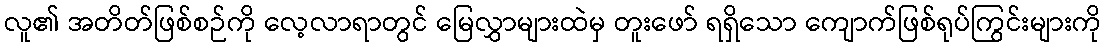
လူ၏ အတိတ်ဖြစ်စဉ်ကို လေ့လာရာတွင် မြေလွှာများထဲမှ တူးဖော် ရရှိသော ကျောက်ဖြစ်ရုပ်ကြွင်းများကို